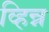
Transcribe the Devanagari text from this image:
व्हिन्न